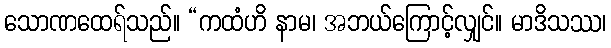
သောဏထေရ်သည်။ “ကထံဟိ နာမ၊ အဘယ်ကြောင့်လျှင်။ မာဒိသဿ၊